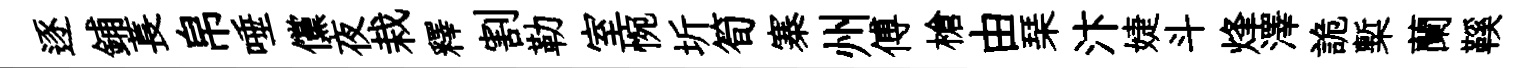
逐鋪萇帛唾儻夜栽釋割勒室惋圻筍寨州傅槍由琹汴婕斗烽澤詭槧蘭鞵